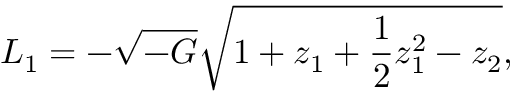
L _ { 1 } = - \sqrt { - G } \sqrt { 1 + z _ { 1 } + { \frac { 1 } { 2 } } z _ { 1 } ^ { 2 } - z _ { 2 } } ,